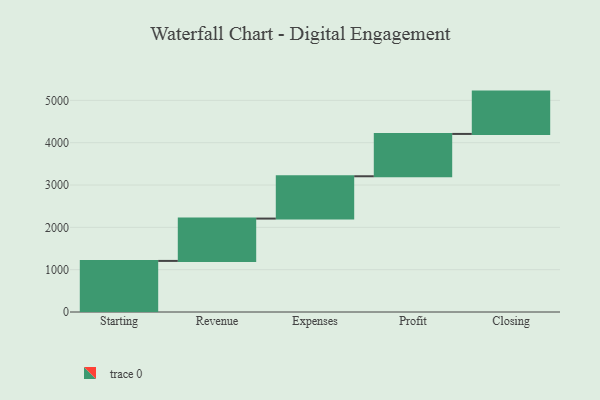
{"axis": {"x": "Step", "y": "Value"}, "legend": [""], "data": [{"x": "Starting", "y": 1207.0, "type": ""}, {"x": "Revenue", "y": 1000, "type": ""}, {"x": "Expenses", "y": 1000, "type": ""}, {"x": "Profit", "y": 1000, "type": ""}, {"x": "Closing", "y": 1000, "type": ""}]}